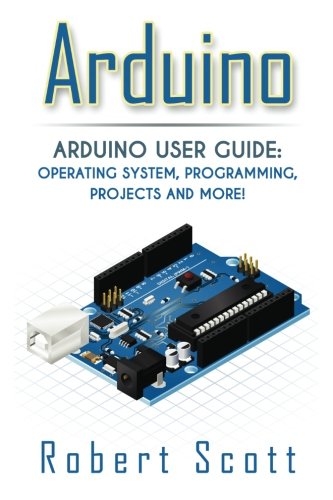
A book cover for Arduino: Arduino User Guide for Operating system, Programming, Projects and More! (raspberry pi 2, xml, c++, ruby, html, projects, php, programming, ... php, sql, Mainframes,  Minicomputer); Robert Scott; Computers & Technology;